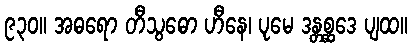
၉၃၀။ အဓရော တီသွဓော ဟီနေ၊ ပုမေ ဒန္တစ္ဆဒေ ပျထ။